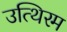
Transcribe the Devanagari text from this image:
उत्थिरम